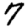
Digit: 7